Plague in India, 1896, 1897 - Volume 3
Year: 1896
Disease focus: Plague
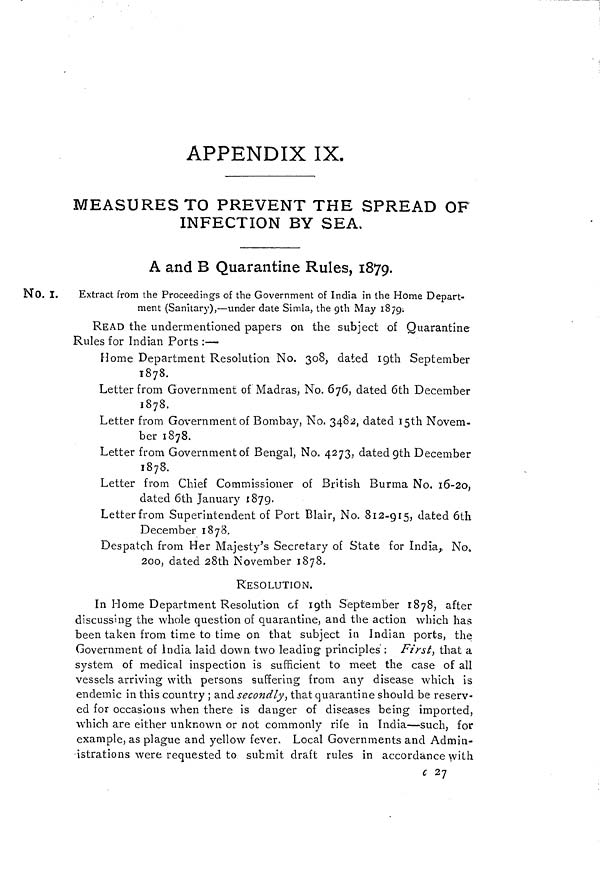
APPENDIX IX.
MEASURES TO PREVENT THE SPREAD OF
INFECTION BY SEA,
A and B Quarantine Rules, 1879.
No. 1. Extract from the Proceedings of the Government of India in the Home Depart-
ment (Sanitary),—under date Simla, the 9th May 1879.
READ the undermentioned papers on the subject of Quarantine-
Rules for Indian Ports :—
Home Department Resolution No. 308, dated 19th September
1878.
Letter from Government of Madras, No. 676, dated 6th December
1878.
Letter from Government of Bombay, No. 3482, dated I5th Novem-
ber 1878.
Letter from Government of Bengal, No. 4273, dated gth December
1878.
Letter from Chief Commissioner of British Burma No. 16-20,
dated 6th January 1879.
Letter from Superintendent of Port Blair, No. 812-915, dated 6th
December 1878.
Despatch from Her Majesty's Secretary of State for India, No.
200, dated 28th November 1878.
RESOLUTION.
In Home Department Resolution of 19th September 1878, after
discussing the whole question of quarantine, and the action which has
been taken from time to time on that subject in Indian ports, the
Government of India laid down two leading principles' : First, that a
system of medical inspection is sufficient to meet the case of all
vessels arriving with persons suffering from any disease which is
endemic in this country ; and secondly-, that quarantine should be reserv-
ed for occasions when there is danger of diseases being imported,
which are either unknown or not commonly rife in India—such, for
example, as plague and yellow fever. Local Governments and Admin-
istrations were requested to submit draft rules in accordance with
c 27